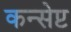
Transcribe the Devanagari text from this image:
कन्सेप्ट